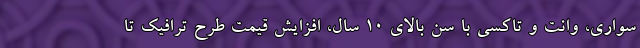
سواری، وانت و تاکسی با سن بالای ۱۰ سال، افزایش قیمت طرح ترافیک تا